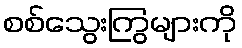
စစ်သွေးကြွများကို